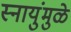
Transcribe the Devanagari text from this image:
स्नायुंमुळे